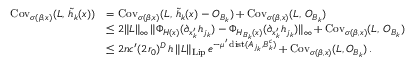
\begin{array} { r l } { \operatorname { C o v } _ { \sigma ( \beta , x ) } ( L , \, \widetilde { h } _ { k } ( x ) ) } & { = \operatorname { C o v } _ { \sigma ( \beta , x ) } ( L , \, \widetilde { h } _ { k } ( x ) - O _ { B _ { k } } ) + \operatorname { C o v } _ { \sigma ( \beta , x ) } ( L , \, O _ { B _ { k } } ) } \\ & { \le 2 \| L \| _ { \infty } \, \| \Phi _ { H ( x ) } ( \partial _ { x _ { k } ^ { \prime } } h _ { j _ { k } } ) - \Phi _ { H _ { B _ { k } } ( x ) } ( \partial _ { x _ { k } ^ { \prime } } h _ { j _ { k } } ) \| _ { \infty } + \operatorname { C o v } _ { \sigma ( \beta , x ) } ( L , \, O _ { B _ { k } } ) } \\ & { \le 2 n c ^ { \prime } ( 2 r _ { 0 } ) ^ { D } \, h \, \| L \| _ { \operatorname { L i p } } \, e ^ { - \mu ^ { \prime } \operatorname { d i s t } ( A _ { j _ { k } } , B _ { k } ^ { c } ) } + \operatorname { C o v } _ { \sigma ( \beta , x ) } ( L , O _ { B _ { k } } ) \, . } \end{array}